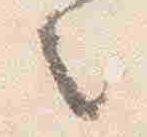
之